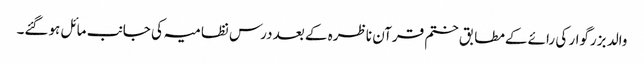
والد بزرگوار کی رائے کےمطابق ختم قرآن ناظرہ کے بعد درس نظامیہ کی جانب مائل ہوگئے۔